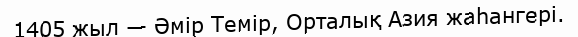
1405 жыл — Әмір Темір, Орталық Азия жаһангері.